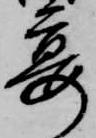
宴